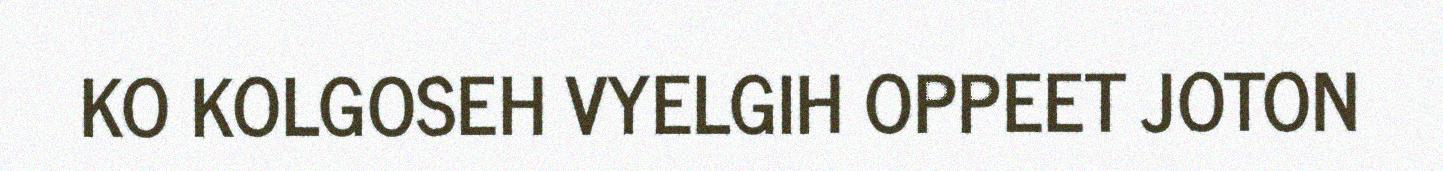
KO KOLGOSEH VYELGIH OPPEET JOTON